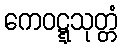
ကေဝဋ္ဋသုတ္တံ